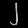
Digit: ၂